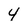
Character: 4